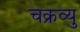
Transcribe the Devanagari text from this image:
चक्रव्यु